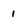
Character: 1